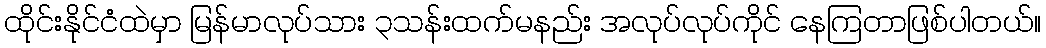
ထိုင်းနိုင်ငံထဲမှာ မြန်မာလုပ်သား ၃သန်းထက်မနည်း အလုပ်လုပ်ကိုင် နေကြတာဖြစ်ပါတယ်။